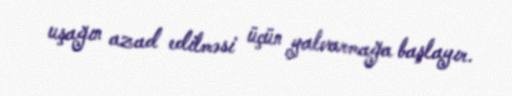
uşağın azad edilməsi üçün yalvarmağa başlayır.